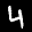
Label: 4